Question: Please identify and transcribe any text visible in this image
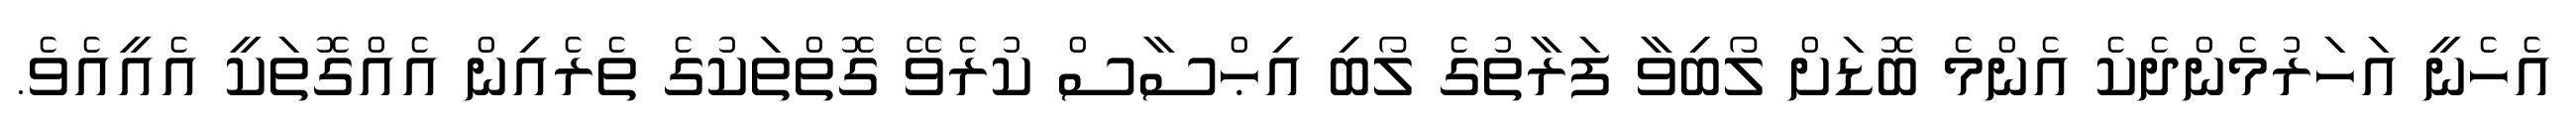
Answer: އެހެނީ އަހަރުމެންދެކެ އެންމެ ބޮޑަށް ލޯބިވާ ފަރާތުގެ ލޯބި އިޙްސާސް ކުރެވޭ ގޮތްތަކުގެ ތެރެއިން އެއްގޮތަކީ އެއީއެވެ.